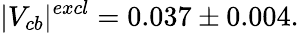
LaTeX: |V_{cb}|^{excl}=0.037\pm 0.004.